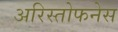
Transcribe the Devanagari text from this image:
अरिस्तोफनेस